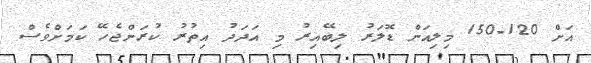
އަށް 120-150 މިލިއަން ޑޮލަރު ލިބޭއިރު މި އަދަދު އިތުރު ކުރަންޖެހޭ ކަމަށްވެސް